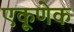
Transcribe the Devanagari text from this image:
एकूणेक